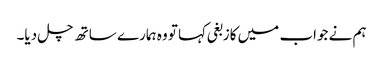
ہم نے جواب میں کازبغی کہا تو وہ ہمارے ساتھ چل دیا۔